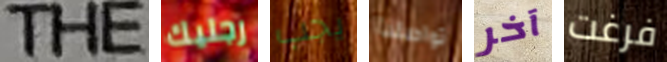
THE رجليك يجب تواصلنا آخر فرغت